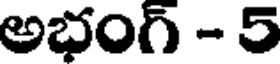
అభంగ్ - 5